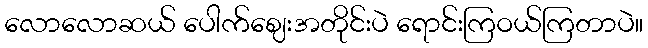
လောလောဆယ် ပေါက်ဈေးအတိုင်းပဲ ရောင်းကြဝယ်ကြတာပဲ။